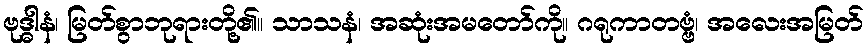
ဗုဒ္ဓါနံ၊ မြတ်စွာဘုရားတို့၏။ သာသနံ၊ အဆုံးအမတော်ကို။ ဂရုကာတဗ္ဗံ၊ အလေးအမြတ်